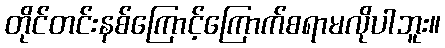
တိုင်တင်းနစ်ကြောင့်ကြောက်စရာမလိုပါဘူး။